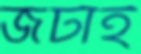
জটাই